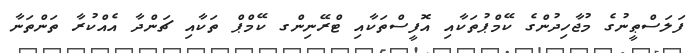
ފަލަސްޠީނުގެ މުޖާހިދުންގެ ކޭމްޕުތަކާއި އޮފީސްތަކާއި ޓްރޭނިންގ ކޭމްޕް ތަކާއި ޗަންދާ އެއްކުރާ ތަންތަނާ